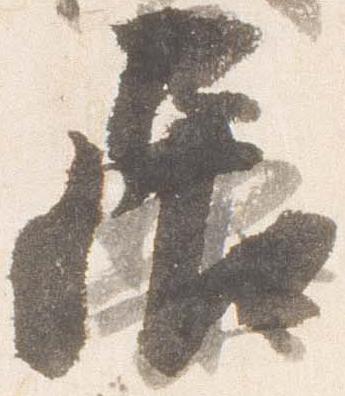
居